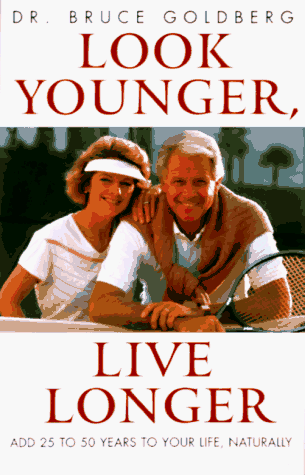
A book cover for Look Younger, Live Longer: Add 25 to 50 Years to Your Life, Naturally; Bruce Goldberg; Health, Fitness & Dieting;